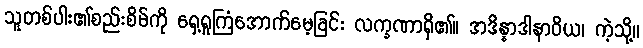
သူတစ်ပါး၏စည်းစိမ်ကို ရှေ့ရှုကြံအောက်မေ့ခြင်း လက္ခဏာရှိ၏။ အဒိန္နာဒါနာဝိယ၊ ကဲ့သို့။